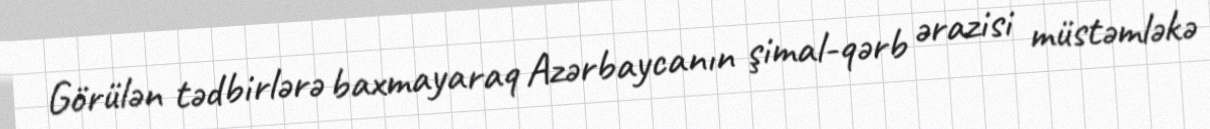
Görülən tədbirlərə baxmayaraq Azərbaycanın şimal-qərb ərazisi müstəmləkə